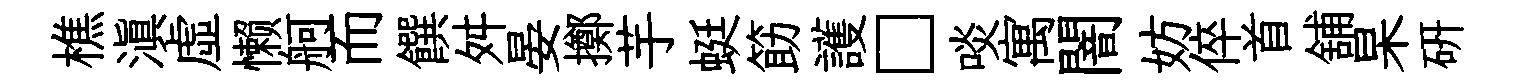
樵滇虛懒舸而饌舛晏擲芋蜓筯護□啖寓闇妨倅首舖杲硏